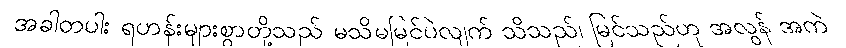
အခါတပါး ရဟန်းများစွာတို့သည် မသိမမြင်ပဲလျက် သိသည်၊ မြင်သည်ဟု အလွန် အကဲ